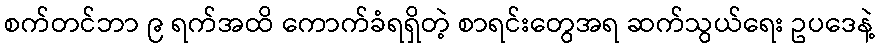
စက်တင်ဘာ ၉ ရက်အထိ ကောက်ခံရရှိတဲ့ စာရင်းတွေအရ ဆက်သွယ်ရေး ဥပဒေနဲ့